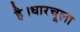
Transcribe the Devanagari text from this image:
है।धारचूला